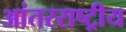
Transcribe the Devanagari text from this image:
आंतरराष्‍ट्रीय